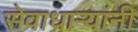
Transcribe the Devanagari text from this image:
सेवाधार्‍यांनी